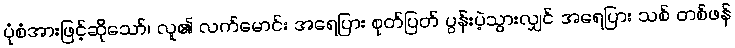
ပုံစံအားဖြင့်ဆိုသော်၊ လူ၏ လက်မောင်း အရေပြား စုတ်ပြတ် ပွန်းပဲ့သွားလျှင် အရေပြား သစ် တစ်ဖန်